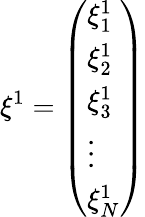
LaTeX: {{\mathbf{\xi}}^{1}}=\left(\begin{array}{l}{\xi_{1}^{1}}\\ {\xi_{2}^{1}}\\ {\xi_{3}^{1}}\\ {\vdots}\\ {\xi_{N}^{1}}\end{array}\right)